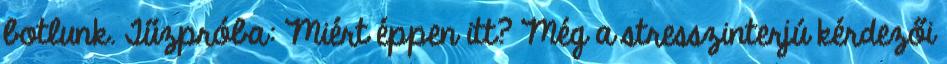
botlunk. Tűzpróba: Miért éppen itt? Még a stresszinterjú kérdezői